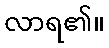
လာရ၏။